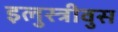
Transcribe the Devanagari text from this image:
इलुस्त्रीवुस